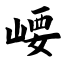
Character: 崾